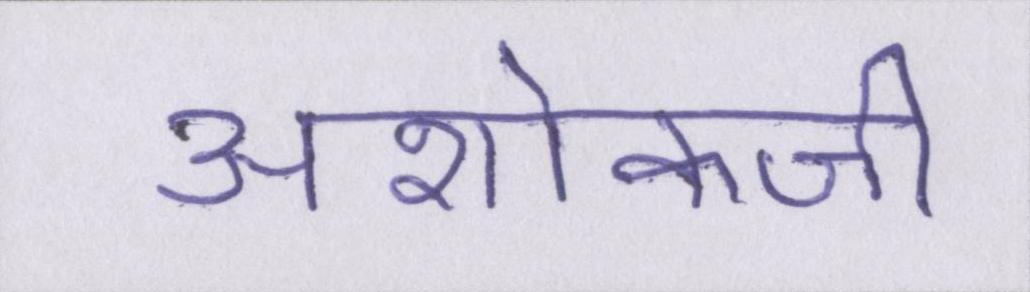
अशोकजी